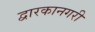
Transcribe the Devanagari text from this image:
द्वारकानगरी